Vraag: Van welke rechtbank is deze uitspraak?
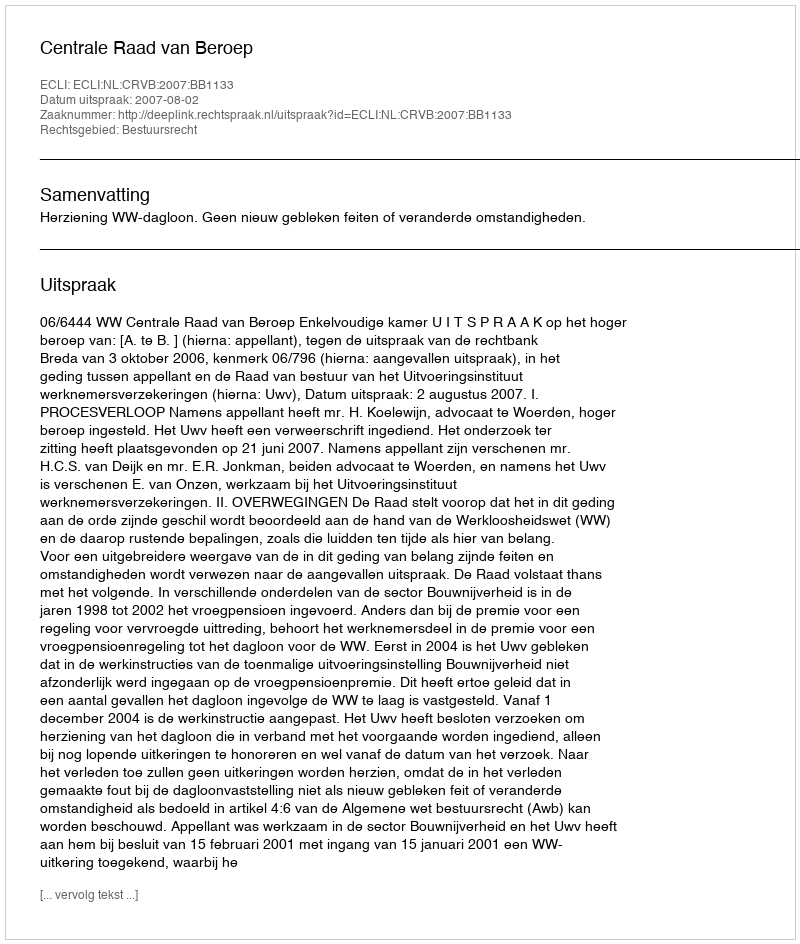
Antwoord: Centrale Raad van Beroep